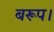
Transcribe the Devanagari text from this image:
बरूप।